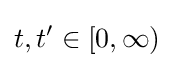
t,t'\in [0,\infty )